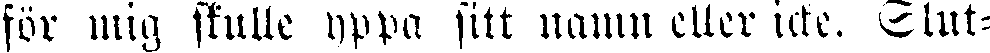
för mig skulle yppa sitt namn eller icke. Slut-